Leningradi_Edasi_toimetus, lk 35
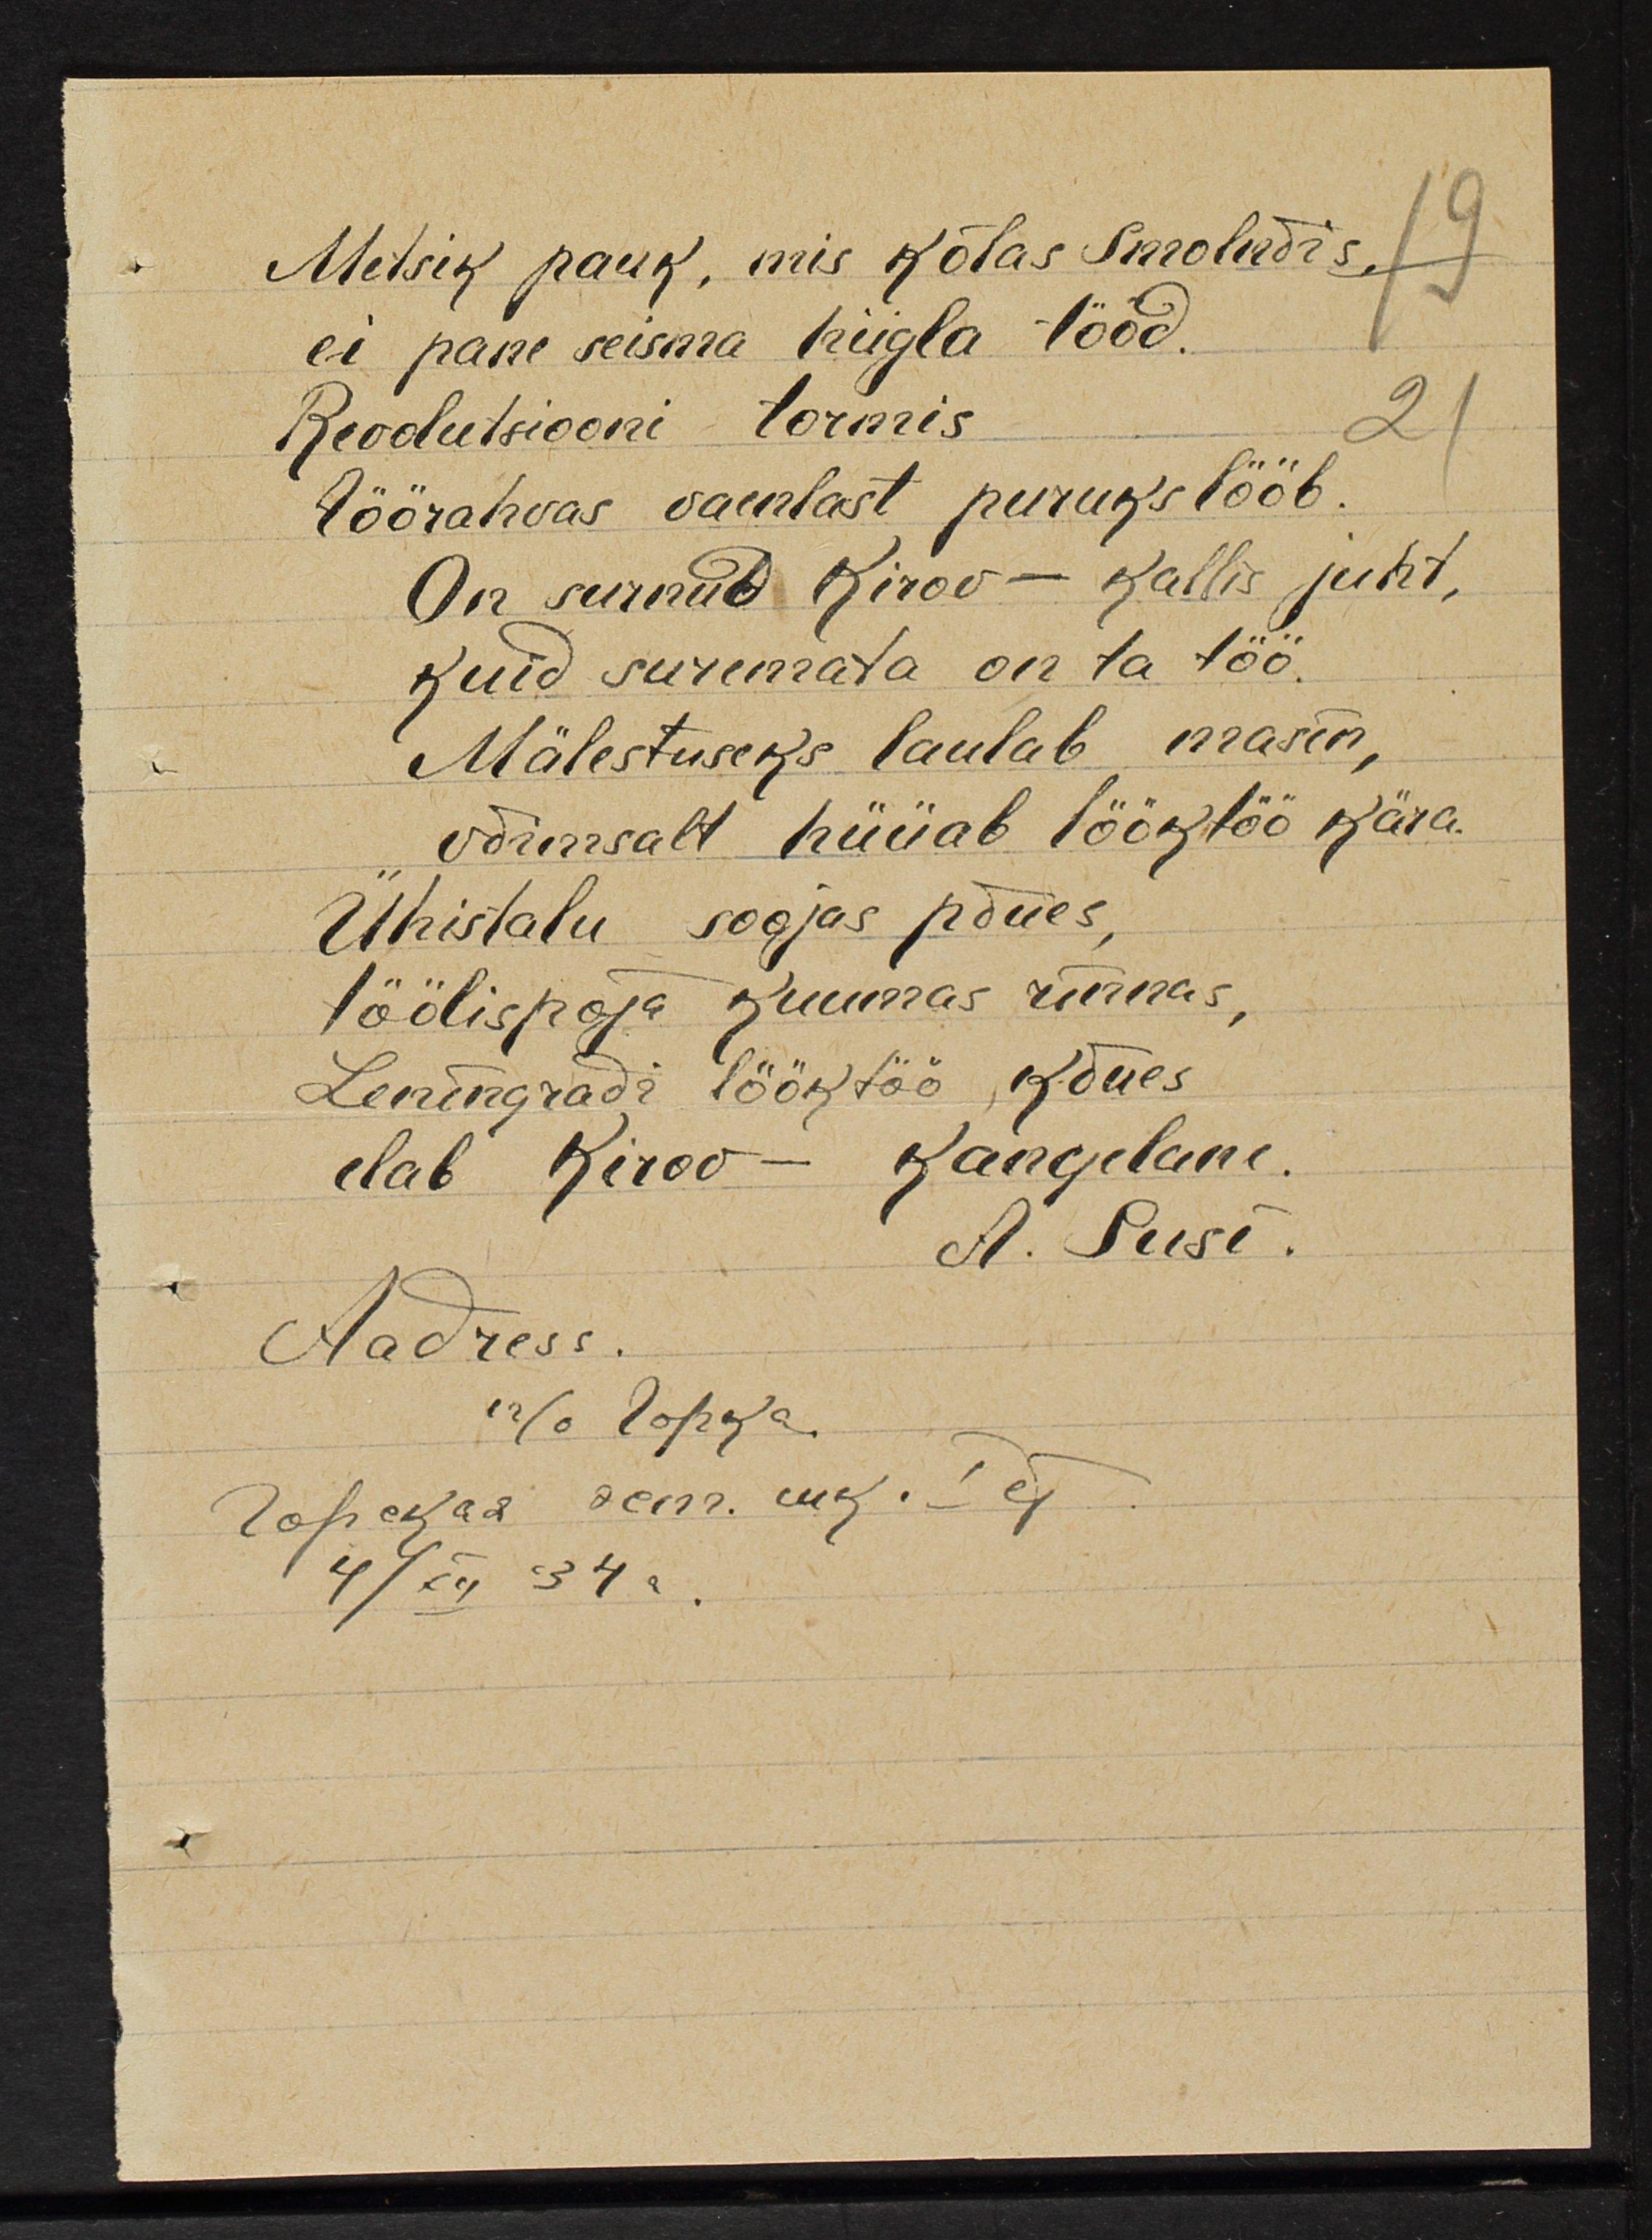
Metsik pauk, mis kõlas Smolnõis,
ei pane seisma hiigla tööd.
Revolutsiooni tormis
Töörahvas vaenlast puruks lööb.
On surnud Kirov-Kallis juht,
kuid suremata on ta töö.
Mälestuseks laulab masin
võimsalt hüüab lööktöö kära
Ühistalu soojas põues,
töölispoja kuumas rinnas,
Leningrad lööktöö kõues
leab Kirov- Kangelane
Kangelane
A. Susi
Aadess.
г/о Горка
Горекая эет. шк. I ет
4/XI '34a.